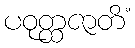
ပဝုတ္ထဇာတိံ